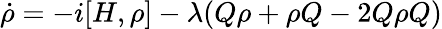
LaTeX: \dot{\rho}=-i[H,\rho]-\lambda(Q\rho+\rho Q-2Q\rho Q)